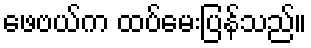
ဖေဗယ်က ထပ်မေးပြန်သည်။